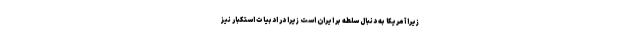
زیرا آمریکا به دنبال سلطه بر ایران است زیرا در ادبیات استکبار نیز